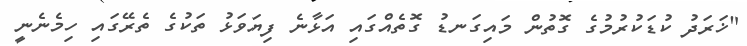
"ޚަރަދު ކުޑަކުރުމުގެ ގޮތުން މައިގަނޑު ގޮތެއްގައި އަޅާނެ ފިޔަވަޅު ތަކުގެ ތެރޭގައި ހިމެނެނީ